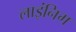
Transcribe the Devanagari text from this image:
लाइंनिग